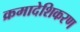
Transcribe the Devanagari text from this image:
क्रमादेशिकरण